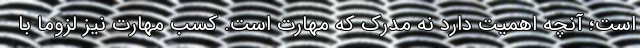
است؛ آنچه اهمیت دارد نه مدرک که مهارت است. کسب مهارت نیز لزوما با